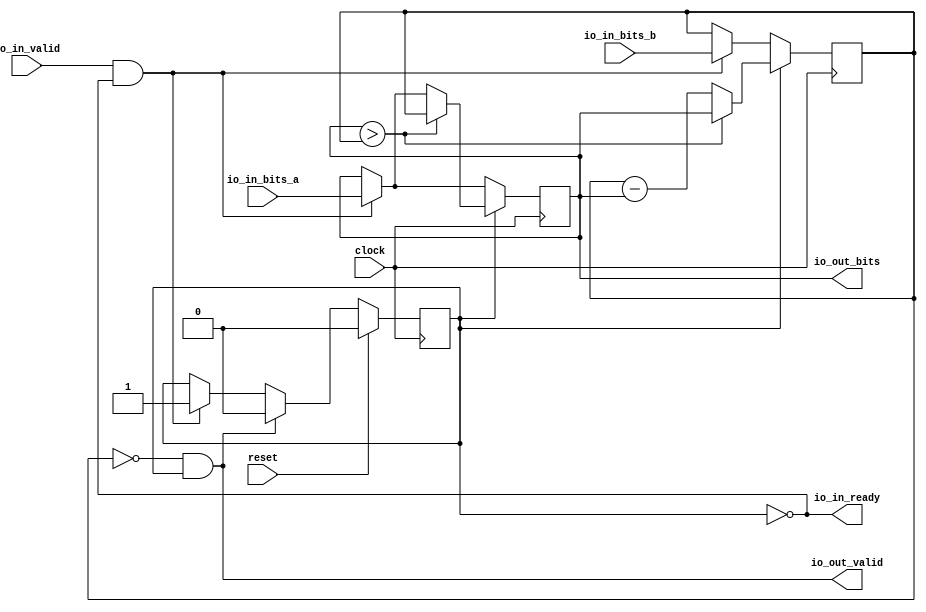
module RealGCD( // @[:@3.2]
  input         clock, // @[:@4.4]
  input         reset, // @[:@5.4]
  output        io_in_ready, // @[:@6.4]
  input         io_in_valid, // @[:@6.4]
  input  [15:0] io_in_bits_a, // @[:@6.4]
  input  [15:0] io_in_bits_b, // @[:@6.4]
  output        io_out_valid, // @[:@6.4]
  output [15:0] io_out_bits // @[:@6.4]
);
  reg [15:0] x; // @[RealGCD.scala 19:14:@8.4]
  reg [31:0] _RAND_0;
  reg [15:0] y; // @[RealGCD.scala 20:14:@9.4]
  reg [31:0] _RAND_1;
  reg  p; // @[RealGCD.scala 21:18:@10.4]
  reg [31:0] _RAND_2;
  wire  _T_30; // @[RealGCD.scala 23:18:@11.4]
  wire  _T_33; // @[RealGCD.scala 25:21:@14.4]
  wire [15:0] _GEN_0; // @[RealGCD.scala 25:28:@15.4]
  wire [15:0] _GEN_1; // @[RealGCD.scala 25:28:@15.4]
  wire  _GEN_2; // @[RealGCD.scala 25:28:@15.4]
  wire  _T_35; // @[RealGCD.scala 32:13:@21.6]
  wire [16:0] _T_36; // @[RealGCD.scala 33:28:@27.8]
  wire [16:0] _T_37; // @[RealGCD.scala 33:28:@28.8]
  wire [15:0] _T_38; // @[RealGCD.scala 33:28:@29.8]
  wire [15:0] _GEN_3; // @[RealGCD.scala 32:19:@22.6]
  wire [15:0] _GEN_4; // @[RealGCD.scala 32:19:@22.6]
  wire  _T_40; // @[RealGCD.scala 37:21:@34.4]
  wire  _GEN_7; // @[RealGCD.scala 38:23:@37.4]
  assign _T_30 = p == 1'h0; // @[RealGCD.scala 23:18:@11.4]
  assign _T_33 = io_in_valid & _T_30; // @[RealGCD.scala 25:21:@14.4]
  assign _GEN_0 = _T_33 ? io_in_bits_a : x; // @[RealGCD.scala 25:28:@15.4]
  assign _GEN_1 = _T_33 ? io_in_bits_b : y; // @[RealGCD.scala 25:28:@15.4]
  assign _GEN_2 = _T_33 ? 1'h1 : p; // @[RealGCD.scala 25:28:@15.4]
  assign _T_35 = x > y; // @[RealGCD.scala 32:13:@21.6]
  assign _T_36 = y - x; // @[RealGCD.scala 33:28:@27.8]
  assign _T_37 = $unsigned(_T_36); // @[RealGCD.scala 33:28:@28.8]
  assign _T_38 = _T_37[15:0]; // @[RealGCD.scala 33:28:@29.8]
  assign _GEN_3 = _T_35 ? y : _GEN_0; // @[RealGCD.scala 32:19:@22.6]
  assign _GEN_4 = _T_35 ? x : _T_38; // @[RealGCD.scala 32:19:@22.6]
  assign _T_40 = y == 16'h0; // @[RealGCD.scala 37:21:@34.4]
  assign _GEN_7 = io_out_valid ? 1'h0 : _GEN_2; // @[RealGCD.scala 38:23:@37.4]
  assign io_in_ready = p == 1'h0; // @[RealGCD.scala 23:15:@12.4]
  assign io_out_valid = _T_40 & p; // @[RealGCD.scala 37:16:@36.4]
  assign io_out_bits = x; // @[RealGCD.scala 36:16:@33.4]
`ifdef RANDOMIZE_GARBAGE_ASSIGN
`define RANDOMIZE
`endif
`ifdef RANDOMIZE_INVALID_ASSIGN
`define RANDOMIZE
`endif
`ifdef RANDOMIZE_REG_INIT
`define RANDOMIZE
`endif
`ifdef RANDOMIZE_MEM_INIT
`define RANDOMIZE
`endif
`ifndef RANDOM
`define RANDOM $random
`endif
`ifdef RANDOMIZE
  integer initvar;
  initial begin
    `ifdef INIT_RANDOM
      `INIT_RANDOM
    `endif
    `ifndef VERILATOR
      #0.002 begin end
    `endif
  `ifdef RANDOMIZE_REG_INIT
  _RAND_0 = {1{`RANDOM}};
  x = _RAND_0[15:0];
  `endif // RANDOMIZE_REG_INIT
  `ifdef RANDOMIZE_REG_INIT
  _RAND_1 = {1{`RANDOM}};
  y = _RAND_1[15:0];
  `endif // RANDOMIZE_REG_INIT
  `ifdef RANDOMIZE_REG_INIT
  _RAND_2 = {1{`RANDOM}};
  p = _RAND_2[0:0];
  `endif // RANDOMIZE_REG_INIT
  end
`endif // RANDOMIZE
  always @(posedge clock) begin
    if (p) begin
      if (_T_35) begin
        x <= y;
      end else begin
        if (_T_33) begin
          x <= io_in_bits_a;
        end
      end
    end else begin
      if (_T_33) begin
        x <= io_in_bits_a;
      end
    end
    if (p) begin
      if (_T_35) begin
        y <= x;
      end else begin
        y <= _T_38;
      end
    end else begin
      if (_T_33) begin
        y <= io_in_bits_b;
      end
    end
    if (reset) begin
      p <= 1'h0;
    end else begin
      if (io_out_valid) begin
        p <= 1'h0;
      end else begin
        if (_T_33) begin
          p <= 1'h1;
        end
      end
    end
  end
endmodule